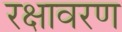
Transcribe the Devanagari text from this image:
रक्षावरण